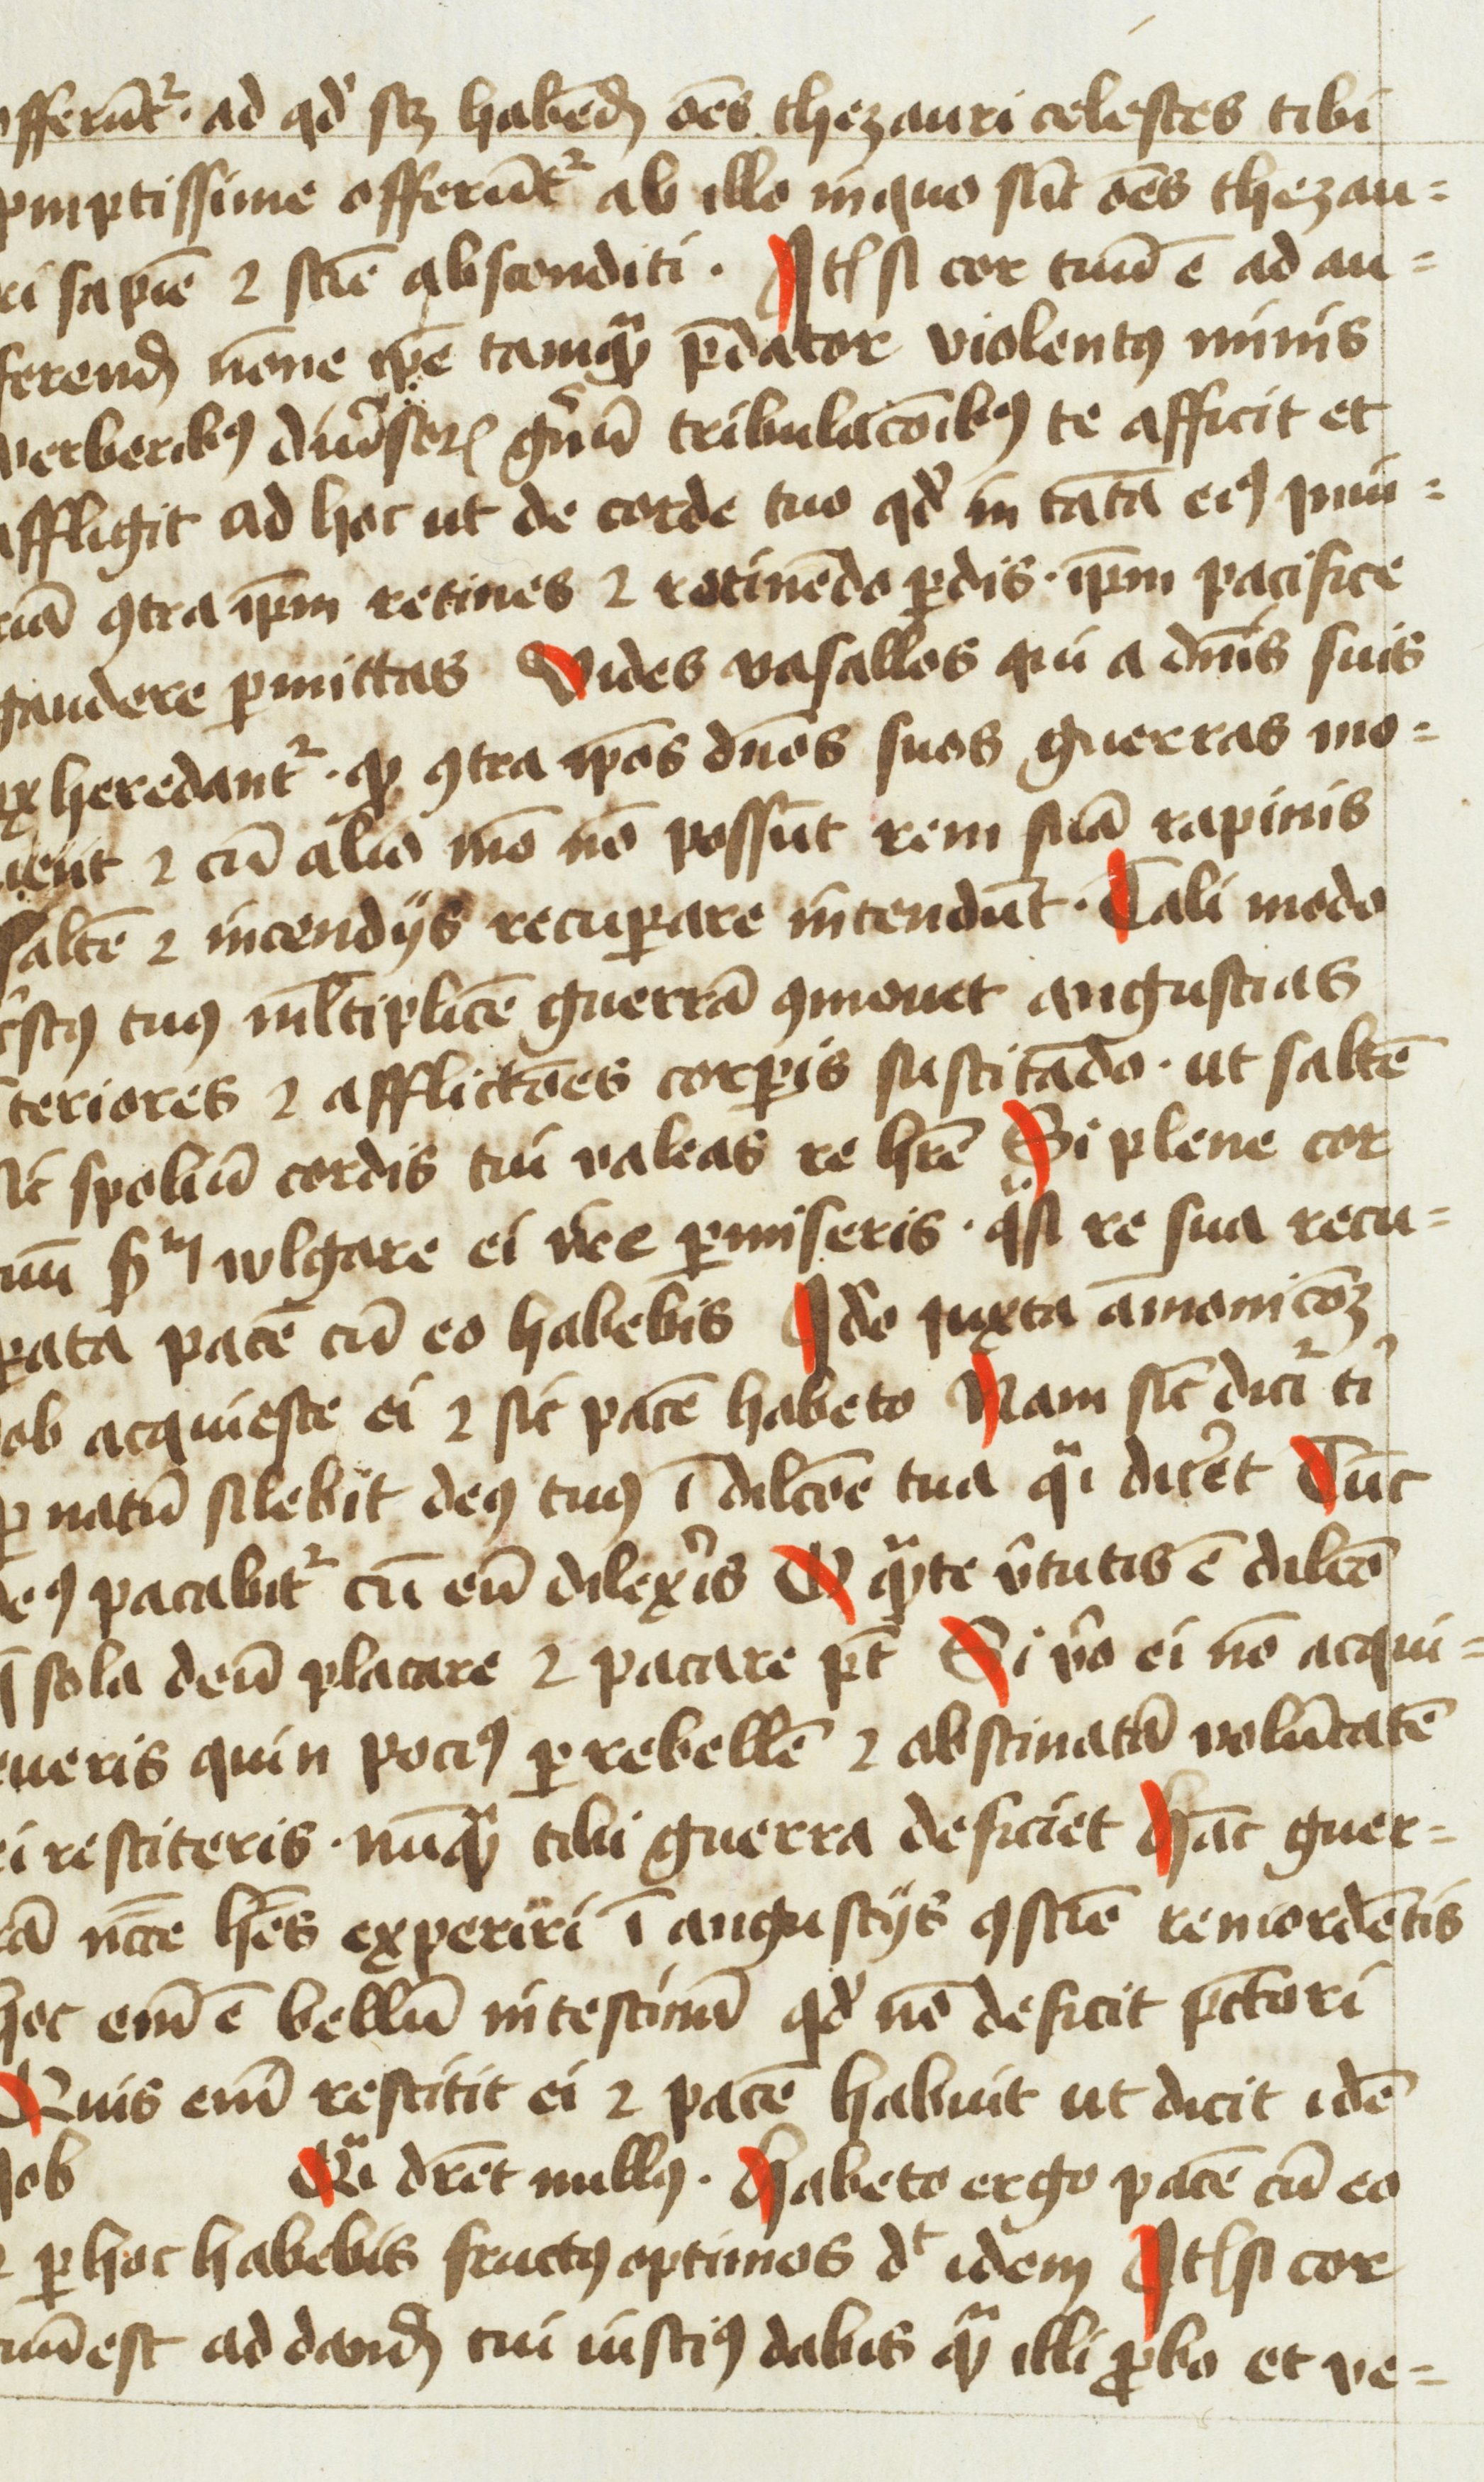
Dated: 1454–1456